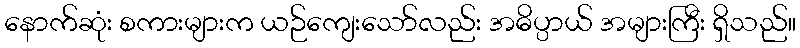
နောက်ဆုံး စကားများက ယဉ်ကျေးသော်လည်း အဓိပ္ပာယ် အများကြီး ရှိသည်။